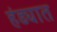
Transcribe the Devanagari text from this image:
हंड्यात